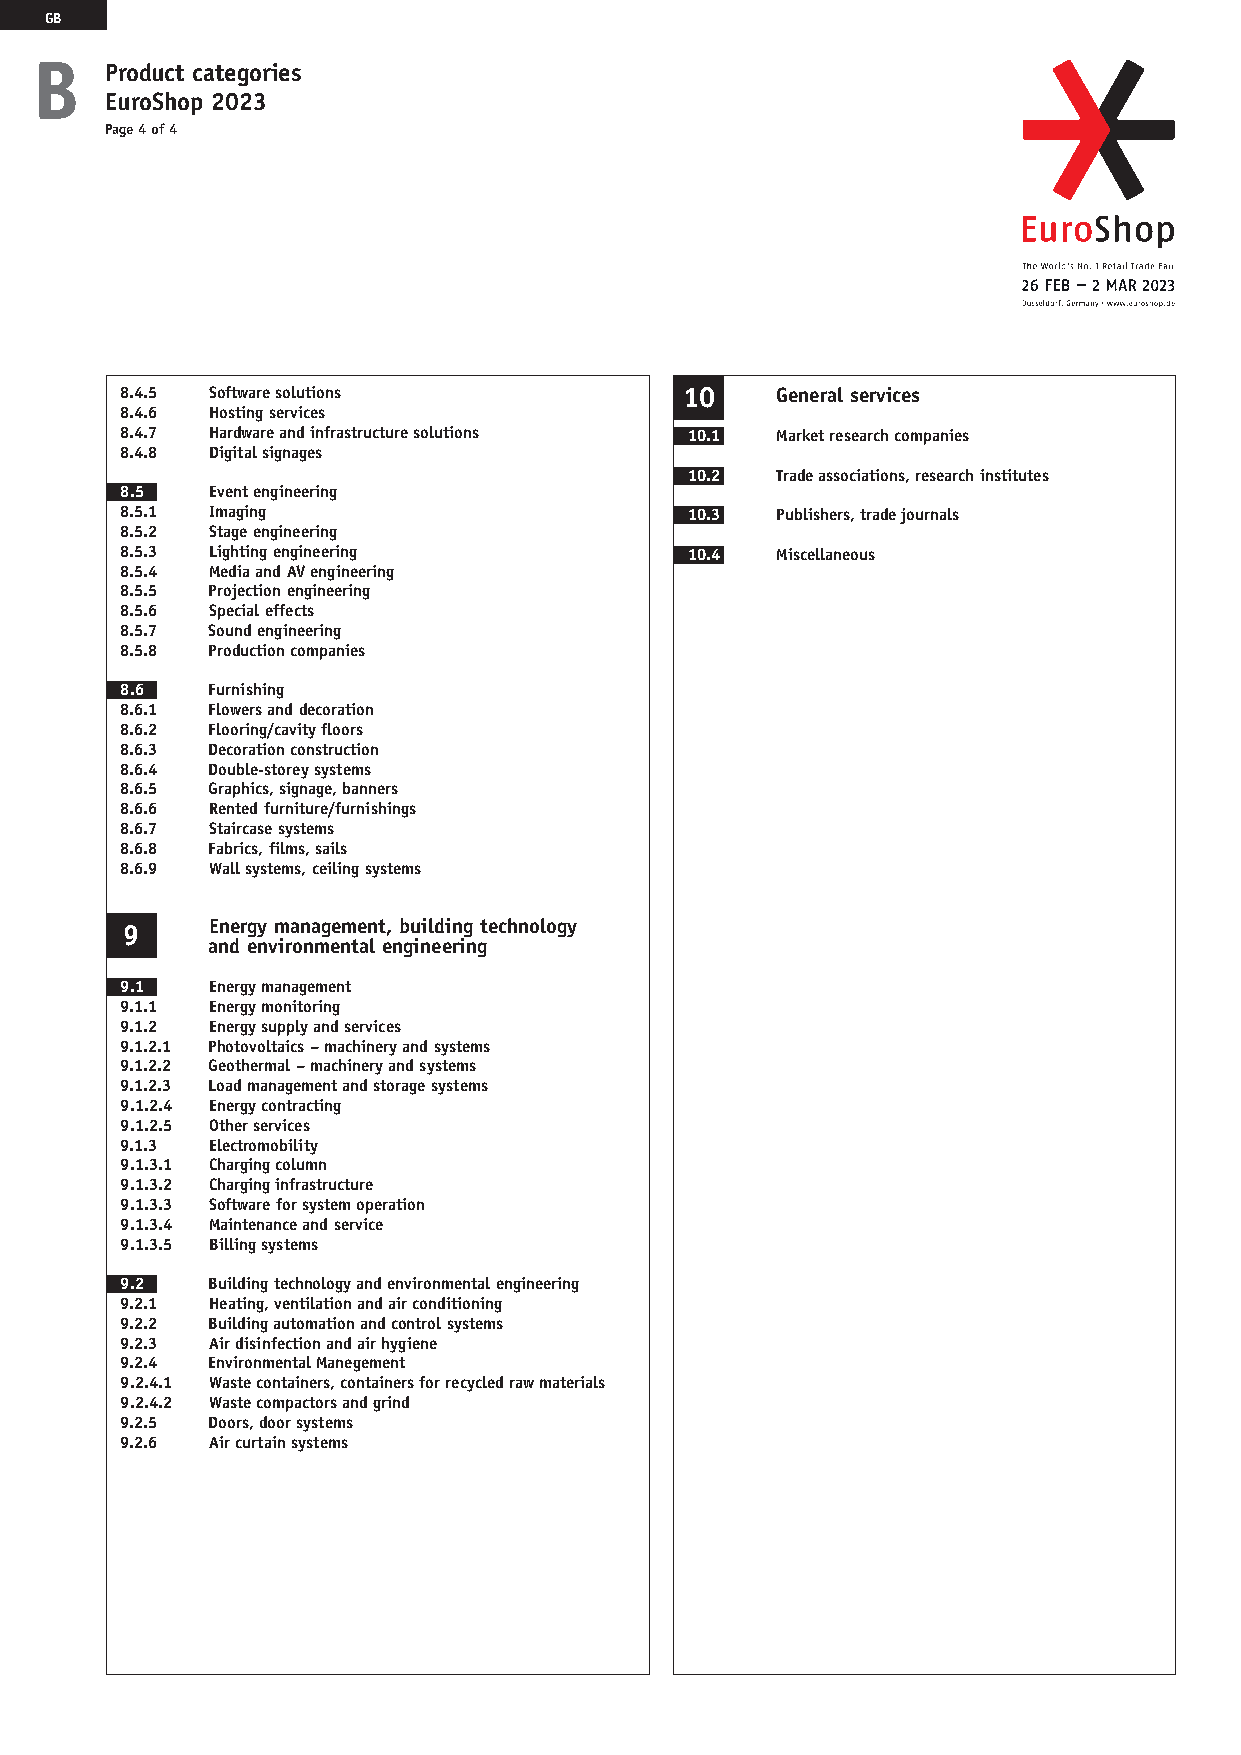
2023_EUROSHOP_B_EN.qxp_2023_EUROSHOP_B_EN 23.06.21 09:39 Seite 4
 GB
 B
 Product categories
 EuroShop 2023
 Page 4 of 4
 8.4.5 Software solutions             1 0   General services
 8.4.6 Hosting services
 8.4.7 Hardware and infrastructure solutions 10.1 Market research companies
 8.4.8 Digital signages
 10.2 Trade associations, research institutes
 8.5   Event engineering
 8.5.1 Imaging                         10.3 Publishers, trade journals
 8.5.2 Stage engineering
 8.5.3 Lighting engineering            10.4 Miscellaneous
 8.5.4 Media and AV engineering
 8.5.5 Projection engineering
 8.5.6 Special effects
 8.5.7 Sound engineering
 8.5.8 Production companies
 8.6   Furnishing
 8.6.1 Flowers and decoration
 8.6.2 Flooring/cavity floors
 8.6.3 Decoration construction
 8.6.4 Double-storey systems
 8.6.5 Graphics, signage, banners
 8.6.6 Rented furniture/furnishings
 8.6.7 Staircase systems
 8.6.8 Fabrics, films, sails
 8.6.9 Wall systems, ceiling systems
 9     Energy management, building technology
 and environmental engineering
 9.1   Energy management
 9.1.1 Energy monitoring
 9.1.2 Energy supply and services
 9.1.2.1 Photovoltaics – machinery and systems
 9.1.2.2 Geothermal – machinery and systems
 9.1.2.3 Load management and storage systems
 9.1.2.4 Energy contracting
 9.1.2.5 Other services
 9.1.3 Electromobility
 9.1.3.1 Charging column
 9.1.3.2 Charging infrastructure
 9.1.3.3 Software for system operation
 9.1.3.4 Maintenance and service
 9.1.3.5 Billing systems
 9.2   Building technology and environmental engineering
 9.2.1 Heating, ventilation and air conditioning
 9.2.2 Building automation and control systems
 9.2.3 Air disinfection and air hygiene
 9.2.4 Environmental Manegement
 9.2.4.1 Waste containers, containers for recycled raw materials
 9.2.4.2 Waste compactors and grind
 9.2.5 Doors, door systems
 9.2.6 Air curtain systems